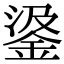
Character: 𨦮